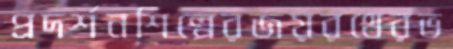
প্রদর্শনশিল্পেরজয়রথেরভ